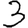
Digit: 3